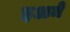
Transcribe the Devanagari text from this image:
इअमे